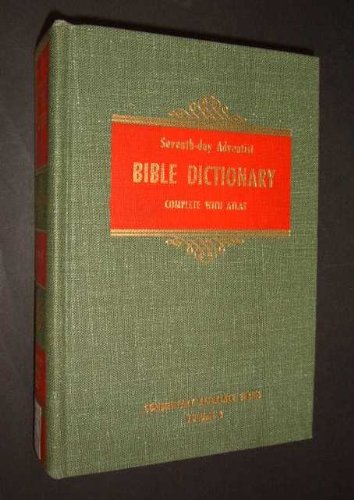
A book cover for The Seventh-Day Adventist Commentary Reference Series VOLUME 8 Seventh-Day Adventist Bible Dictionary with Atlas; Siegfried H. Horn; Christian Books & Bibles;